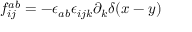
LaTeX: f _ { i j } ^ { a b } = - { \epsilon _ { a b } } { \epsilon _ { i j k } } \partial _ { k } \delta ( x - y )